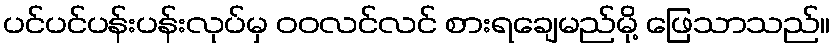
ပင်ပင်ပန်းပန်းလုပ်မှ ဝဝလင်လင် စားရချေမည်မို့ ဖြေသာသည်။